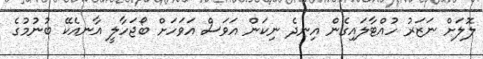
ލޮލަށް ނަޒަރު ހުއްޓާލައިގެން އިނދެ ނިކަން އަވަސް އަވަހަށް ބޯޖަހާލީ އާނއެކޭ ބުނުމުގެ